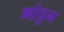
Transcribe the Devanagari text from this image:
मांडुन